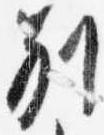
別